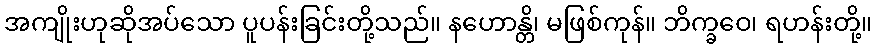
အကျိုးဟုဆိုအပ်သော ပူပန်းခြင်းတို့သည်။ နဟောန္တိ၊ မဖြစ်ကုန်။ ဘိက္ခဝေ၊ ရဟန်းတို့။